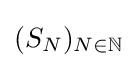
(S_{N})_{N\in \mathbb {N} }